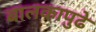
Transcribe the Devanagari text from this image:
बालकापुढे